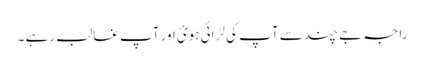
راجہ جے چند سے آپ کی لڑائی ہوئ اور آپ غالب رہے ۔